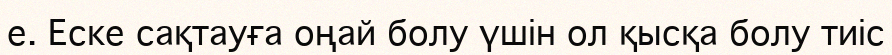
е. Еске сақтауға оңай болу үшін ол қысқа болу тиіс